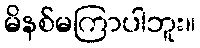
မိနစ်မကြာပါဘူး။